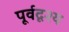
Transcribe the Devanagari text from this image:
पूर्वदृश्य